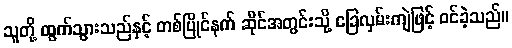
သူတို့ ထွက်သွားသည်နှင့် တစ်ပြိုင်နက် ဆိုင်အတွင်းသို့ ခြေလှမ်းကျဲဖြင့် ဝင်ခဲ့သည်။